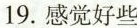
19.感觉好些